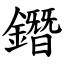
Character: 鐕